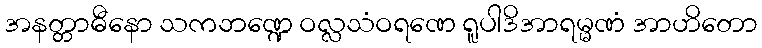
အနတ္တာဓီနော သကဘဏ္ဍေ ဝလ္လသံဝရဏေ ရူပါဒိအာရမ္မဏံ အာဟိတော